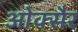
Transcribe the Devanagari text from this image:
ओक्सैर